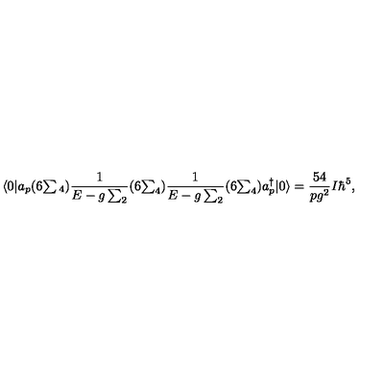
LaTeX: \langle 0 | a _ { p } ( 6 { \textstyle \sum { } _ { 4 } } ) { \frac { 1 } { E - g \sum _ { 2 } } } ( 6 { \textstyle \sum _ { 4 } } ) { \frac { 1 } { E - g \sum _ { 2 } } } ( 6 { \textstyle \sum _ { 4 } } ) a _ { p } ^ { \dagger } | 0 \rangle = { \frac { 5 4 } { p g ^ { 2 } } } I \hbar ^ { 5 } ,